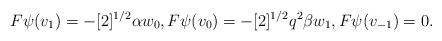
LaTeX: \begin{align*}F \psi(v_1) = - [2]^{1/2} \alpha w_0, F \psi(v_0) = - [2]^{1/2} q^2 \beta w_1, F \psi(v_{-1}) = 0.\end{align*}